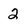
Character: 2